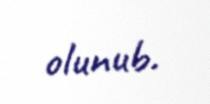
olunub.